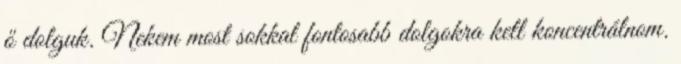
ő dolguk. Nekem most sokkal fontosabb dolgokra kell koncentrálnom.